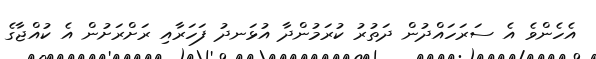
އެހެންވެ އެ ސަރަހައްދުން ދަތުރު ކުރަމުންދާ އުޅަނދު ފަހަރާއި ރަށްރަށުން އެ ކުއްޖާގެ